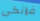
فرانكى